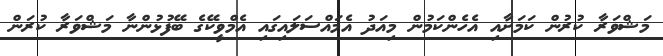
މަޝްވަރާ ކުރުން ކަމަށާއި އެހެންކަމުން މިއަދު އެމައްސަލައިގައި އެމްވީކޭގެ ބޭފުޅުންނާ މަޝްވަރާ ކުރަން